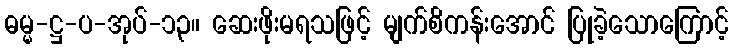
ဓမ္မ-ဋ္ဌ-ပ-အုပ်-၁၃။ ဆေးဖိုးမရသဖြင့် မျက်စိကန်းအောင် ပြုခဲ့သောကြောင့်